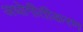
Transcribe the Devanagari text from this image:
अधोगीतीकरण